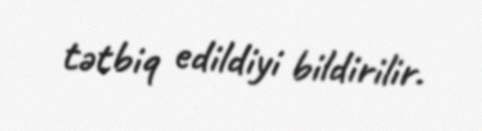
tətbiq edildiyi bildirilir.